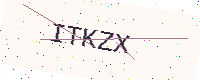
Text: ITKZX